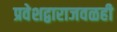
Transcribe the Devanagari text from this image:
प्रवेशद्वाराजवळही